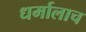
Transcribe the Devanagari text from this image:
धर्मालाच